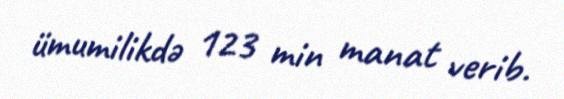
ümumilikdə 123 min manat verib.